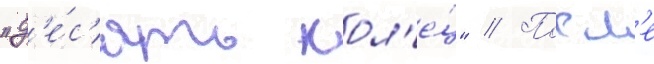
"д'е́с'ять кол'е́ц" // Посл'е